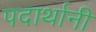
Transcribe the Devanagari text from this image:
पदार्थानी